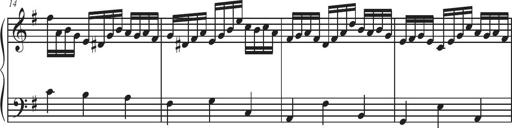
Title: Sonatina Espania
Composer: Jerald Franklin Archer
Key: Various